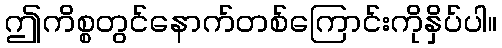
ဤကိစ္စတွင်နောက်တစ်ကြောင်းကိုနှိပ်ပါ။